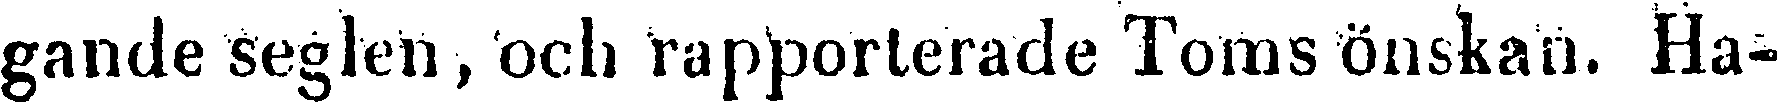
gande seglen, och rapporterade Toms önskan. Ha-